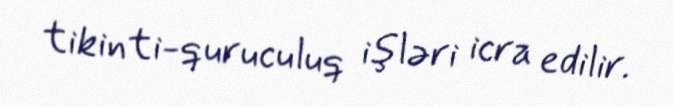
tikinti-quruculuq işləri icra edilir.